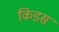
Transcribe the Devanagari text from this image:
किडस